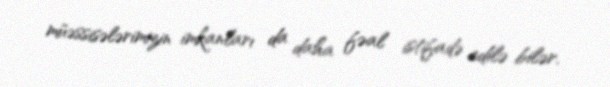
müəssisələrimizin imkanları da daha fəal istifadə edilə bilər.